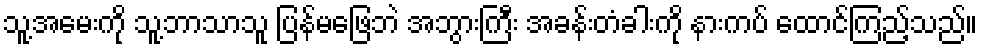
သူ့အမေးကို သူ့ဘာသာသူ ပြန်မဖြေဘဲ အဘွားကြီး အခန်းတံခါးကို နားကပ် ထောင်ကြည့်သည်။